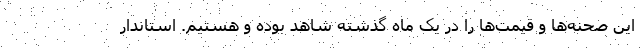
این صحنه‌ها و قیمت‌ها را در یک ماه گذشته شاهد بوده و هستیم. استاندار